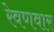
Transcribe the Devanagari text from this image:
रेवणवार